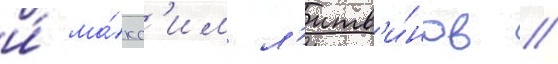
и́ ма́кс'им л'итв'и́нов //